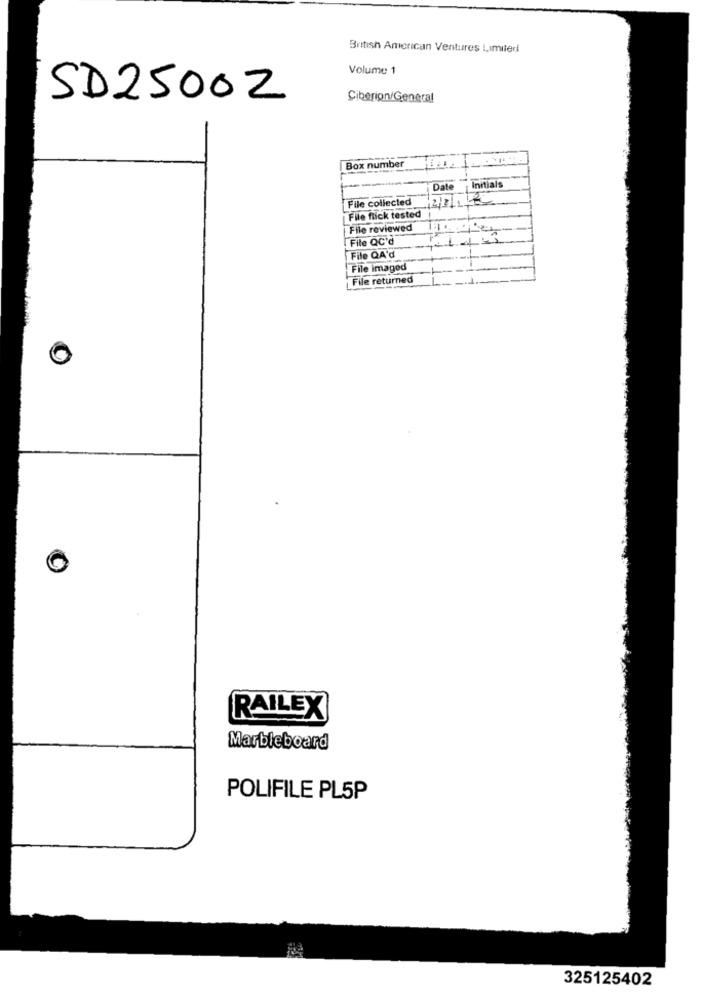
British American Ventures Limited
Volume 1
SD2500Z
Ciberion/General
Box number
Date
Initials
File collected
2/8/1/2
File flick tested
File reviewed
File QC'd
File QA'd
File imaged
File returned
RAILEX
Marbleboard
POLIFILE PL5P
325125402